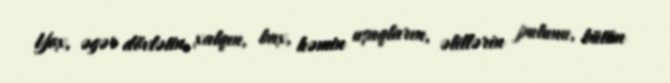
Yox, əgər dövlətin, xalqın, bax, həmin uşaqların, əlillərin pulunu, bütün